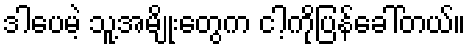
ဒါပေမဲ့ သူ့အမျိုးတွေက ငါ့ကိုပြန်ခေါ်တယ်။